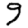
Digit: 9